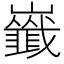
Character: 𡾺